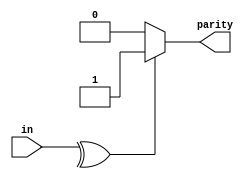
module top_module (
    input [7:0] in,
    output parity); 

    wire par;
    assign par = ^ in[7:0];
    assign parity = par ? 1 : 0;
endmodule